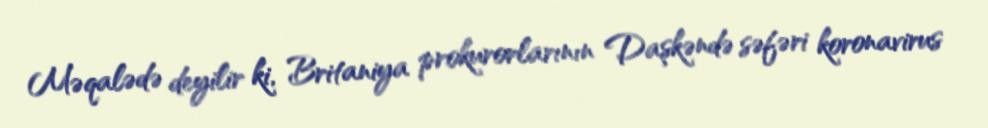
Məqalədə deyilir ki, Britaniya prokurorlarının Daşkəndə səfəri koronavirus